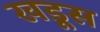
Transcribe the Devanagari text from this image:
खडूस